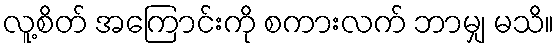
လူ့စိတ် အကြောင်းကို စကားလက် ဘာမျှ မသိ။